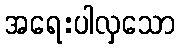
အရေးပါလှသော